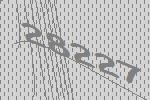
28227